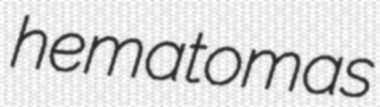
hematomas